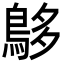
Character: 𪀓